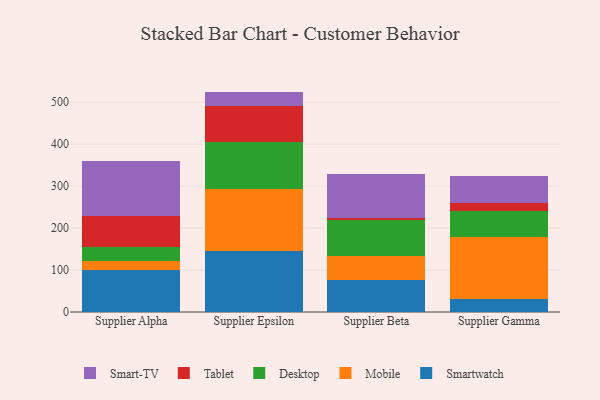
{"axis": {"x": "Supplier", "y": "Customer Acquisition Cost (USD)"}, "legend": ["Desktop", "Mobile", "Smart-TV", "Smartwatch", "Tablet"], "data": [{"x": "Supplier Alpha", "y": 100.0, "type": "Smartwatch"}, {"x": "Supplier Alpha", "y": 21.5, "type": "Mobile"}, {"x": "Supplier Alpha", "y": 32.7, "type": "Desktop"}, {"x": "Supplier Alpha", "y": 75.8, "type": "Tablet"}, {"x": "Supplier Alpha", "y": 130.2, "type": "Smart-TV"}, {"x": "Supplier Epsilon", "y": 144.9, "type": "Smartwatch"}, {"x": "Supplier Epsilon", "y": 148.3, "type": "Mobile"}, {"x": "Supplier Epsilon", "y": 111.9, "type": "Desktop"}, {"x": "Supplier Epsilon", "y": 86.6, "type": "Tablet"}, {"x": "Supplier Epsilon", "y": 33.7, "type": "Smart-TV"}, {"x": "Supplier Beta", "y": 76.4, "type": "Smartwatch"}, {"x": "Supplier Beta", "y": 56.5, "type": "Mobile"}, {"x": "Supplier Beta", "y": 85.4, "type": "Desktop"}, {"x": "Supplier Beta", "y": 5.5, "type": "Tablet"}, {"x": "Supplier Beta", "y": 104.0, "type": "Smart-TV"}, {"x": "Supplier Gamma", "y": 30.8, "type": "Smartwatch"}, {"x": "Supplier Gamma", "y": 148.4, "type": "Mobile"}, {"x": "Supplier Gamma", "y": 61.7, "type": "Desktop"}, {"x": "Supplier Gamma", "y": 19.7, "type": "Tablet"}, {"x": "Supplier Gamma", "y": 62.6, "type": "Smart-TV"}]}